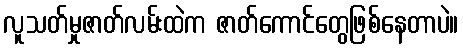
လူသတ်မှုဇာတ်လမ်းထဲက ဇာတ်ကောင်တွေဖြစ်နေတာပဲ။